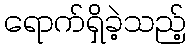
ရောက်ရှိခဲ့သည့်